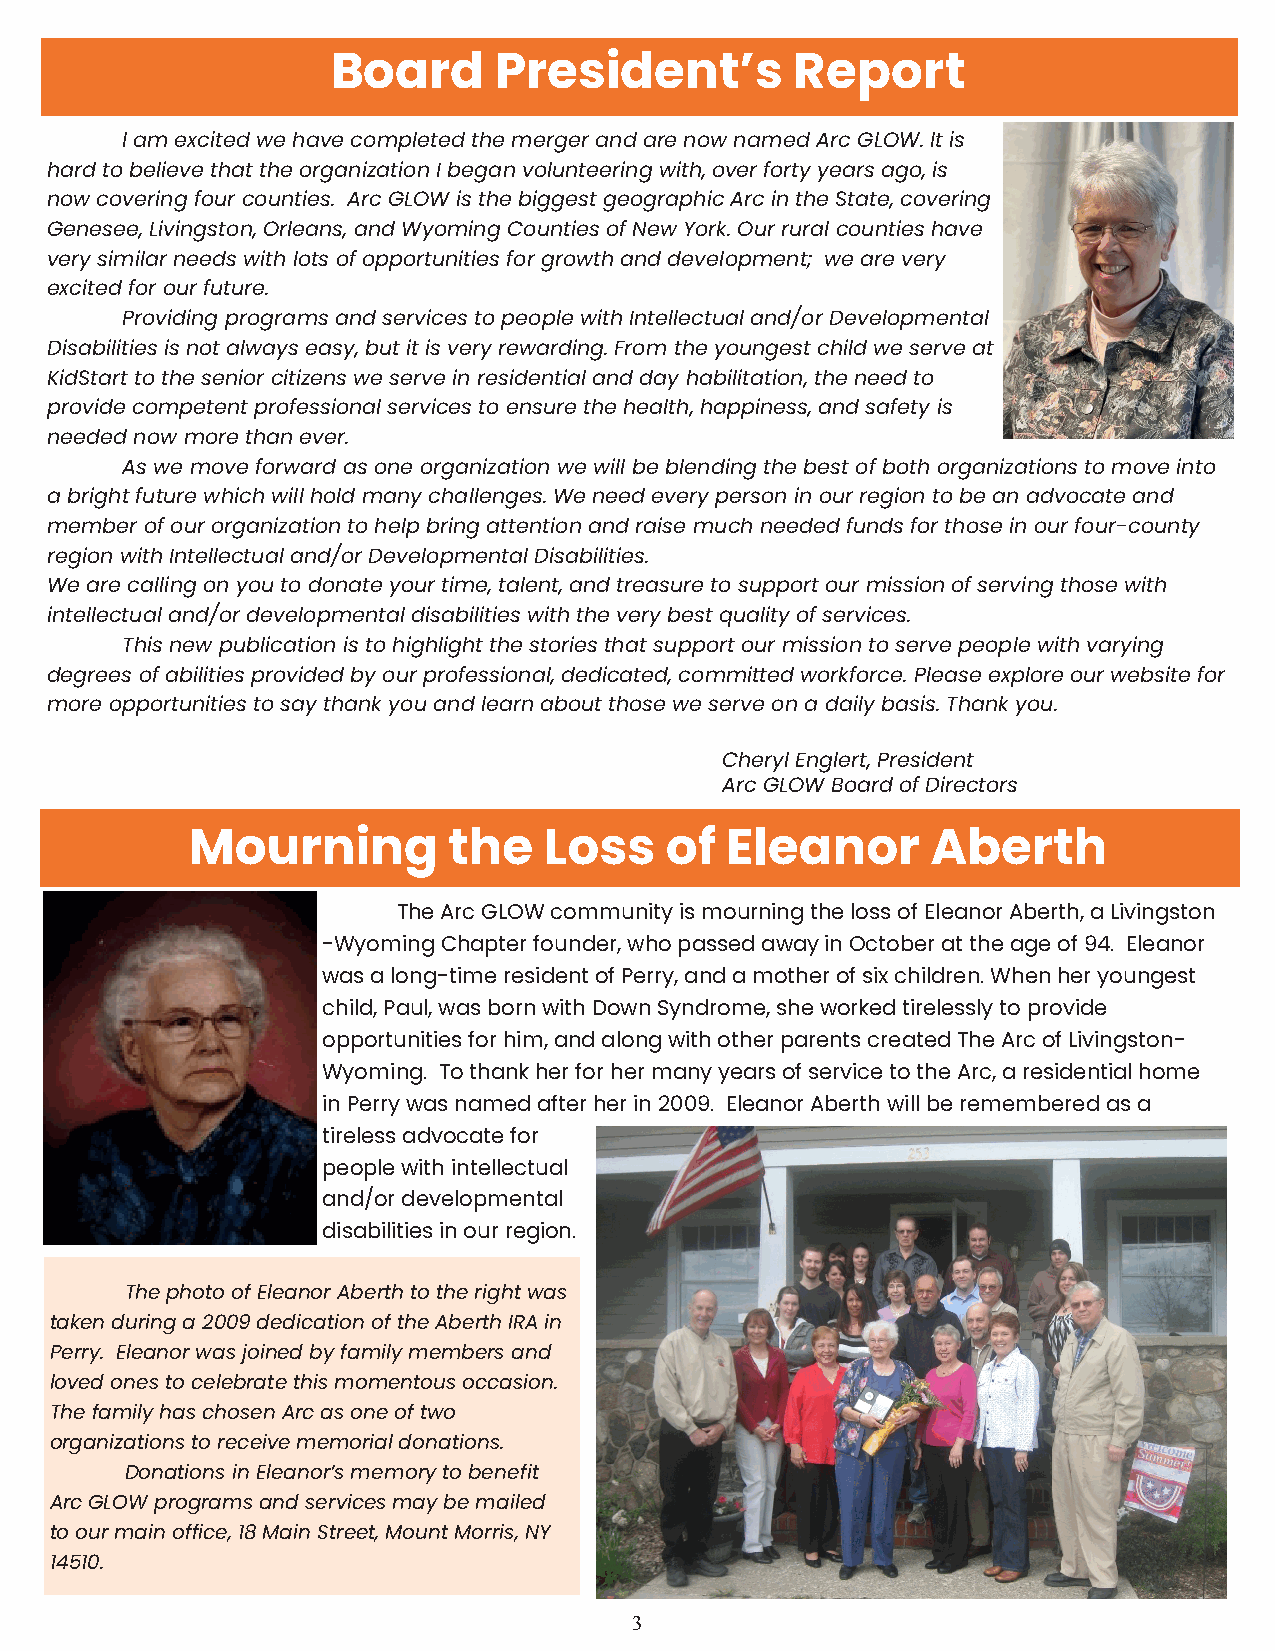
Board      President’s         Report
 I am excited we have completed the merger and are now named Arc GLOW. It is
 hard to believe that the organization I began volunteering with, over forty years ago, is
 now covering four counties. Arc GLOW is the biggest geographic Arc in the State, covering
 Genesee, Livingston, Orleans, and Wyoming Counties of New York. Our rural counties have
 very similar needs with lots of opportunities for growth and development; we are very
 excited for our future.
 Providing programs and services to people with Intellectual and/or Developmental
 Disabilities is not always easy, but it is very rewarding. From the youngest child we serve at
 KidStart to the senior citizens we serve in residential and day habilitation, the need to
 provide competent professional services to ensure the health, happiness, and safety is
 needed now more than ever.
 As we move forward as one organization we will be blending the best of both organizations to move into
 a bright future which will hold many challenges. We need every person in our region to be an advocate and
 member of our organization to help bring attention and raise much needed funds for those in our four-county
 region with Intellectual and/or Developmental Disabilities.
 We are calling on you to donate your time, talent, and treasure to support our mission of serving those with
 intellectual and/or developmental disabilities with the very best quality of services.
 This new publication is to highlight the stories that support our mission to serve people with varying
 degrees of abilities provided by our professional, dedicated, committed workforce. Please explore our website for
 more opportunities to say thank you and learn about those we serve on a daily basis. Thank you.
 Cheryl Englert, President
 Arc GLOW Board of Directors
 Mourning          the   Loss    of  Eleanor       Aberth
 The Arc GLOW community is mourning the loss of Eleanor Aberth, a Livingston
 -Wyoming Chapter founder, who passed away in October at the age of 94. Eleanor
 was a long-time resident of Perry, and a mother of six children. When her youngest
 child, Paul, was born with Down Syndrome, she worked tirelessly to provide
 opportunities for him, and along with other parents created The Arc of Livingston-
 Wyoming. To thank her for her many years of service to the Arc, a residential home
 in Perry was named after her in 2009. Eleanor Aberth will be remembered as a
 tireless advocate for
 people with intellectual
 and/or developmental
 disabilities in our region.
 The photo of Eleanor Aberth to the right was
 taken during a 2009 dedication of the Aberth IRA in
 Perry. Eleanor was joined by family members and
 loved ones to celebrate this momentous occasion.
 The family has chosen Arc as one of two
 organizations to receive memorial donations.
 Donations in Eleanor’s memory to benefit
 Arc GLOW programs and services may be mailed
 to our main office, 18 Main Street, Mount Morris, NY
 14510.
 3